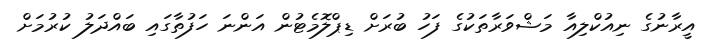
އީރާނުގެ ނިއުކްލިއާ މަޝްވަރާތަކުގެ ފަހު ބުރަށް ޑިޕްލޮމެޓުން އަންނަ ހަފުތާގައި ބައްދަލު ކުރުމަށް